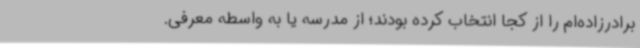
برادرزاده‌ام را از کجا انتخاب کرده بودند؛ از مدرسه یا به واسطه معرفی.